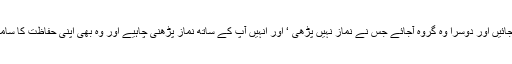
) وہ تمہارے پیچھے چلے جائیں اور دوسرا وہ گروہ آجائے جس نے نماز نہیں پڑھی ‘ اور انہیں آپ کے ساتھ نماز پڑھنی چاہیے اور وہ بھی اپنی حفاظت کا سامان اور اپنا اسلحہ لیے رہیں۔